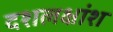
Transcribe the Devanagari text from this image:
दशलक्षांश